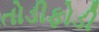
તોડીફોડી